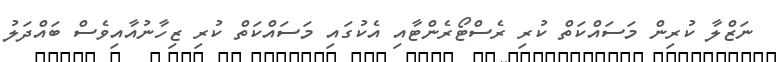
ނަޒްލާ ކުރިން މަސައްކަތް ކުރި ރެސްޓޯރެންޓާއި އެކުގައި މަސައްކަތް ކުރި ޒިހާނުއާއިވެސް ބައްދަލު